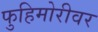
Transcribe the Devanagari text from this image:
फुहिमोरीवर